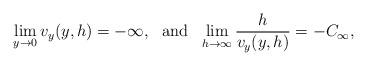
LaTeX: \begin{align*}\lim\limits_{y\rightarrow0} v_y(y,h) = -\infty, ~~ \mathrm{and} ~~\lim\limits_{h\rightarrow\infty} \frac{h}{v_y(y,h)} = -C_\infty,\end{align*}